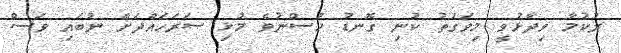
ރުކުމާ ވިދާޅުވީ މިވަގުތު ކުނި ގޮނޑު ހުސްނުވެ މުޅި ސަރަހައްދަށް ނުބައި ވަސް